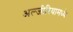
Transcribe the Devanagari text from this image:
अल्जीरियामध्ये